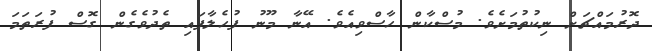
ދޮރުމައްޗަށް ނިކުތުމަށެވެ. މުސްކާން ހާސްވިއެވެ. އޭނާ މޫނު ފުހެލާފައި ތެދުވެގެން ގޮސް ފުރަތަމަ